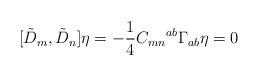
LaTeX: \begin{align*}[{\tilde D}_{m}, {\tilde D}_{n}] \eta= -\frac{1}{4}C_{mn}{}^{ab}\Gamma_{ab}\eta=0\end{align*}